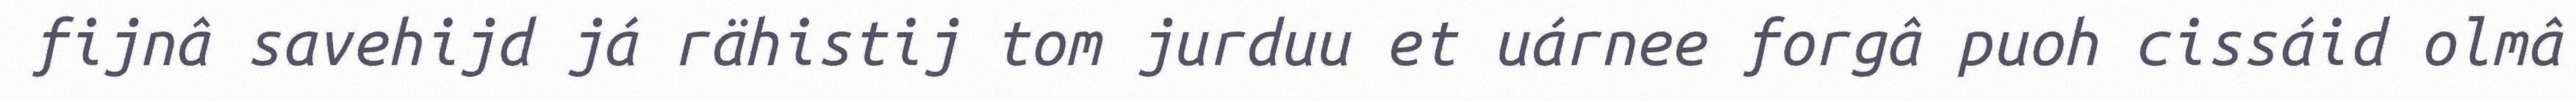
fijnâ savehijd já rähistij tom jurduu et uárnee forgâ puoh cissáid olmâ